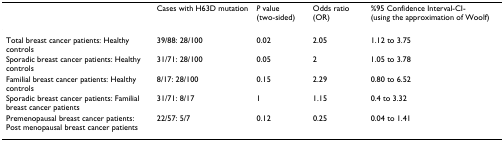
<table><thead><tr><td></td><td><b>Cases with H63D mutation</b></td><td><b><i>P </i>value (two-sided)</b></td><td><b>Odds ratio (OR)</b></td><td><b>%95 Confidence Interval-CI-(using the approximation of Woolf)</b></td></tr></thead><tbody><tr><td>Total breast cancer patients: Healthy controls</td><td>39/88: 28/100</td><td>0.02</td><td>2.05</td><td>1.12 to 3.75</td></tr><tr><td>Sporadic breast cancer patients: Healthy controls</td><td>31/71: 28/100</td><td>0.05</td><td>2</td><td>1.05 to 3.78</td></tr><tr><td>Familial breast cancer patients: Healthy controls</td><td>8/17: 28/100</td><td>0.15</td><td>2.29</td><td>0.80 to 6.52</td></tr><tr><td>Sporadic breast cancer patients: Familial breast cancer patients</td><td>31/71: 8/17</td><td>1</td><td>1.15</td><td>0.4 to 3.32</td></tr><tr><td>Premenopausal breast cancer patients: Post menopausal breast cancer patients</td><td>22/57: 5/7</td><td>0.12</td><td>0.25</td><td>0.04 to 1.41</td></tr></tbody></table>